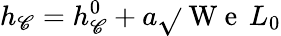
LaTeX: h_{\mathscr{C}}=h_{\mathscr{C}}^{0}+a\sqrt{}{{\mathrm{{~W~e~}}}}\, L_{0}